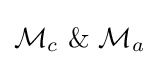
{\mathcal {M}}_{c}\ \&\ {\mathcal {M}}_{a}